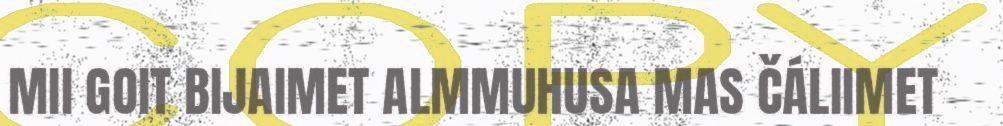
MII GOIT BIJAIMET ALMMUHUSA MAS ČÁLIIMET